Indian journal of veterinary science and animal husbandry - Volumes 15-17, 1948-1951
Year: 1948
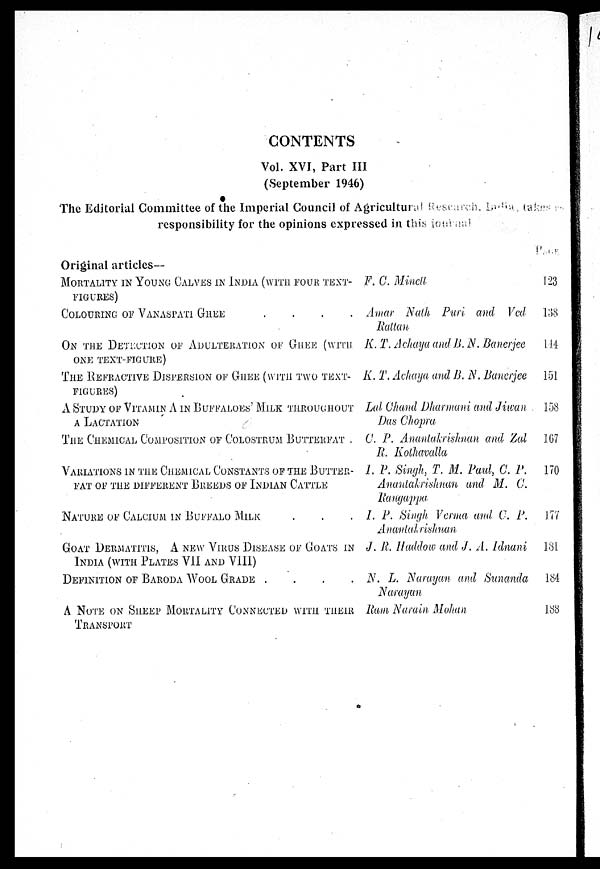
CONTENTS
Vol. XVI, Part III
(September 1946)
The Editorial Committee of the Imperial Council of Agricultural Rescareh, India takes
responsibility for the opinions expressed in this journal
Original articles—
MORTALITY IN YOUNG CALVES IN INDIA (WITH FOUR TEXT-
FIGURES)
COLOURING OF VANASPATI GHEE
.
.
.
.
ON THE DETECTION OF ADULTERATION OF GHEE (WITH
ONE TEXT-FIGURE)
THE REFRACTIVE DISPERSION OF GHEE (WITH TWO TEXT-
FIGURES)
A STUDY OF VITAMIN A IN BUFFALOES' MILK THROUGHOUT
A LACTSTION
THE CHEMICAL COMPOSITION OF COLOSTRUM BUTTERFAT
VARAIATIONS IN THE CHEMICAL CONSTANTS OF THE BUTTER-
FAT OF THE DIFFERENT BREEDS OF INDIAN CATTLE
NATURE OF CALCIUM IN BUFFALO MILK . . .
GOAT DERMATITIS, A NEW VIRUS DISEASE OF GOATS IN
INDIA (WITH PLATES VII AND VIII)
DEFINITION OF BARODA WOOL GRADE . . . .
A NOTE ON SHEEP MORTALITY CONNECTED WITH THEIR
TRANSPORT
PAGE
F. C. Mincll
Amar Nath Puri and Ved
Rattan
K. T. Achaya and B. N. Banerjee
K. T. Achaya and B. N. Banerjee
Lal Chand Dharmani and Jiwan
Das Chopra
C. P. Anantakrishnan and Zal
R. Kothavalla
I. P. Singh, T. M. Paul, C. P.
Anantakrishnan and M. C.
Rangappa
I. P. Singh Verma and C. P.
Anantakrishnan
J. R. Haddow and J. A. Idnani
N. L. Narayan and Sunanda
Narayan
Ram Narain Mohan
PAGE
123
138
114
151
158
107
170
177
181
184
188